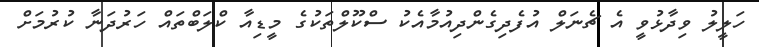
ހަލީލު ވިދާޅުވީ އެ ޗެނަލް އުފެދިގެންދިއުމާއެކު ސްކޫލްތަކުގެ މީޑިއާ ކްލަބްތައް ހަރުދަނާ ކުރުމަށް